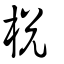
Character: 梲